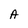
Character: A